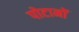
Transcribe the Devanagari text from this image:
पोटानों